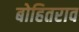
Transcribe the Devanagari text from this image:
बोहितराव